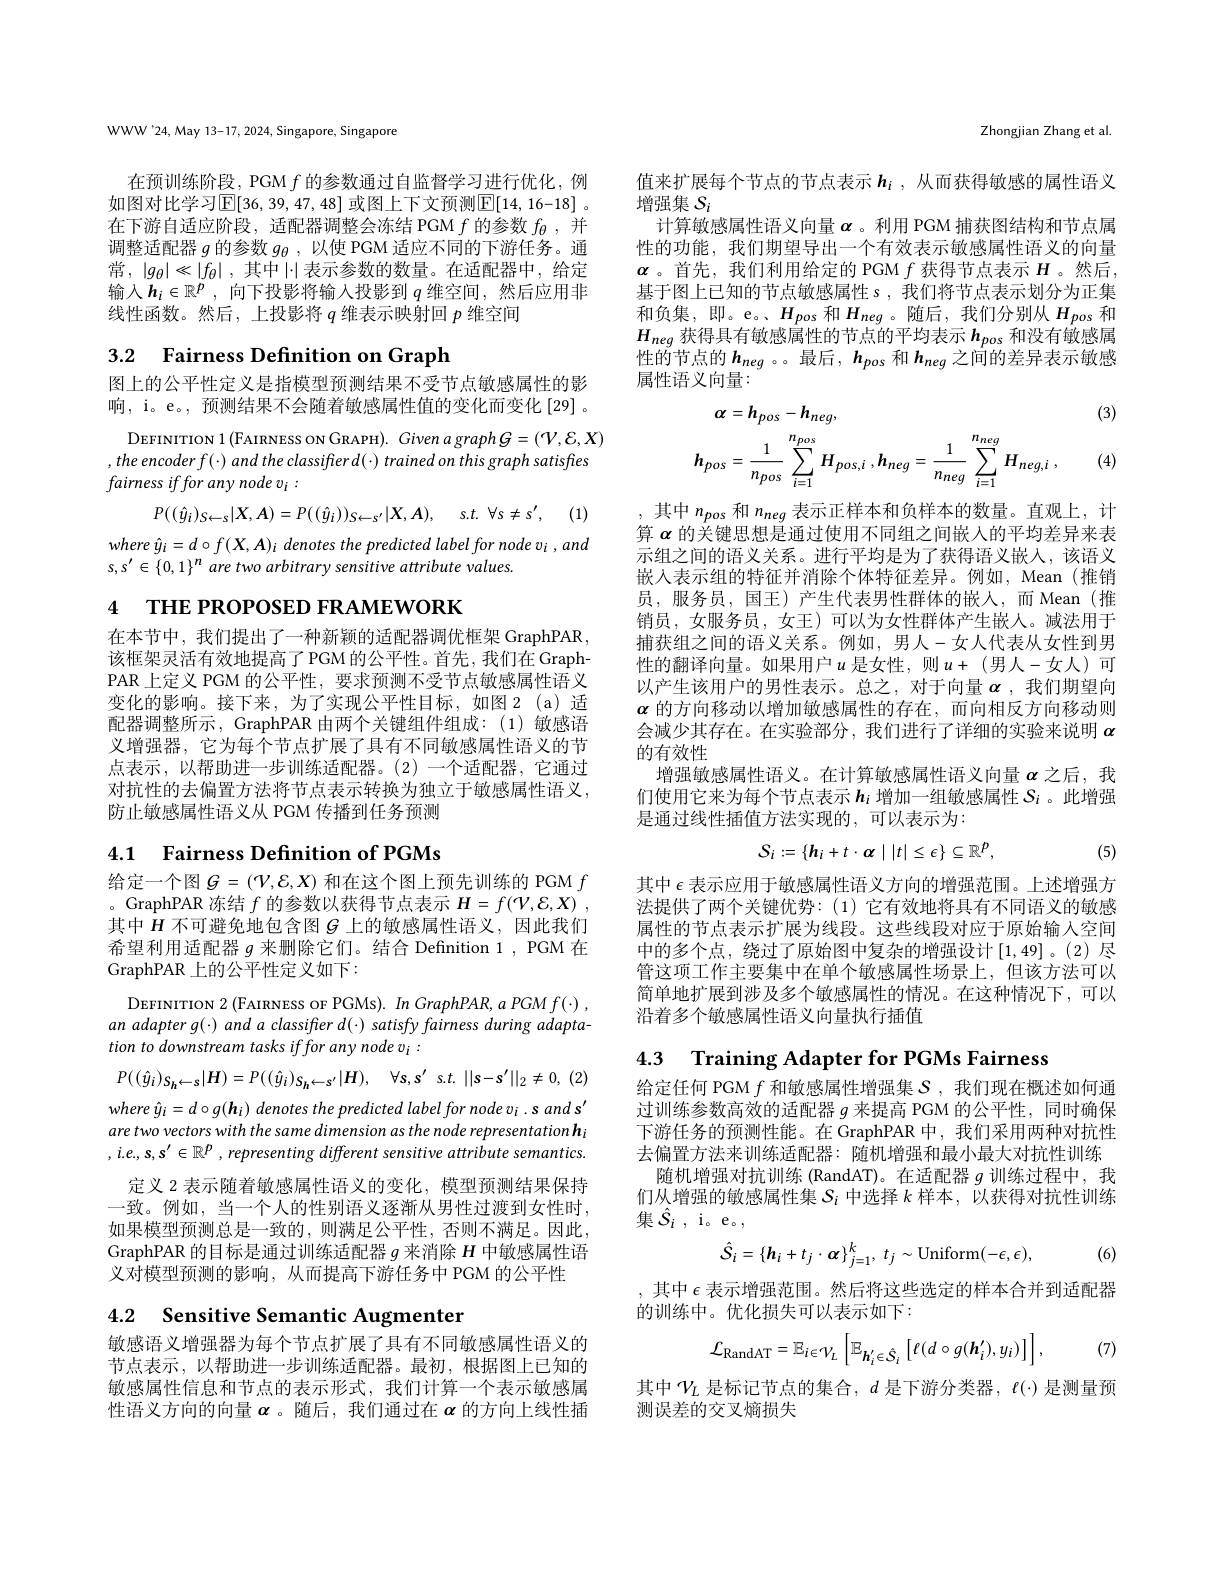
WWW'24,May 13-17, 2024, Singapore, Singapore

在预训练阶段，PGM$f$的参数通过自监督学习进行优化，例如图对比学习$\operatorname{E}[36,39,47,48]$ 或图上下文预测$\operatorname{E}[14,16-18]$ 。在下游自适应阶段，适配器调整会冻结 PGM $f$的参数$f_\theta$,并调整适配器$g$的参数$g_\theta$,以使 PGM 适应不同的下游任务。通常，$|g_\theta|\ll|f_\theta|$ ,其中 |·表示参数的数量。在适配器中，给定输入$\boldsymbol{h}_i\in\mathbb{R}^p$,向下投影将输入投影到$q$维空间，然后应用非线性函数。然后，上投影将$q$维表示映射回$p$维空间

# 3.2 Fairness Definition on Graph

图上的公平性定义是指模型预测结果不受节点敏感属性的影响，i。e。, 预测结果不会随着敏感属性值的变化而变化[29] 。

DEFINITION 1 (FAIRNESS ON GRAPH). Given a graph $G=(\mathcal V,\mathcal{E},X)$
$, the$ $encoderf( \cdot )$ and the classifter $d( \cdot )$ trained $on$ this graph satisfies
$fairmess\textit{ iffor any node v}_{i}:$

(1)
$$P((\hat{y}_{i})_{S\leftarrow s}|X,A)=P((\hat{y}_{i}))_{S\leftarrow s^{\prime}}|X,A),\quad s.t.\:\forall s\neq s^{\prime},$$
$where\hat{y}_{i}=d\circ f(X,A)_{i}$ denotes the predicted label for node vi , and
$s,s^{\prime}\in\{0,1\}^n$ are two arbitrary sensitive attribute values.

4 THE PROPOSED FRAMEWORK

在本节中，我们提出了一种新颖的适配器调优框架 GraphPAR, 该框架灵活有效地提高了PGM 的公平性。首先，我们在 GraphPAR 上定义 PGM 的公平性，要求预测不受节点敏感属性语义变化的影响。接下来，为了实现公平性目标，如图2(a)适配器调整所示，GraphPAR 由两个关键组件组成：(1)敏感语义增强器，它为每个节点扩展了具有不同敏感属性语义的节点表示，以帮助进一步训练适配器。(2)一个适配器，它通过对抗性的去偏置方法将节点表示转换为独立于敏感属性语义， 防止敏感属性语义从 PGM 传播到任务预测

# 4.1 Fairness Definition of PGMs

给定一个图$G=(\mathcal{V},\mathcal{E},X)$和在这个图上预先训练的 PGM $f$ 。GraphPAR 冻结$f$的参数以获得节点表示$H= f( \mathcal{V} , \mathcal{E} , X)$ , 其中$H$不可避免地包含图$G$上的敏感属性语义，因此我们希望利用适配器$g$来删除它们。结合 Definition 1, PGM 在GraphPAR 上的公平性定义如下：
$$P((\hat{y}_{i})_{S_{h}\leftarrow s}|H)=P((\hat{y}_{i})_{S_{h}\leftarrow s^{\prime}}|H),\quad\forall s,s^{\prime}\:s.t.\:||s-s^{\prime}||_{2}\neq0,$$
DEFINITION 2 (FAIRNESS OF PGMs). In GraphPAR, a PGM $f(\cdot)$ an adapter g(·) and a classiffer d(·) satisfy fairness during adaptation to downstream tasks iffor any node vi :
$where\hat{y}_{i}=d\circ g(\boldsymbol{h}_{i})$ denotes the predicted label for node vi . s and s' are two vectors with the same dimension as the node representation hi $, i. e, s, s^{\prime }\in \mathbb{R} ^p$ $, representing$ different sensitive attribute $semantics.$
定义 2 表示随着敏感属性语义的变化，模型预测结果保持一致。例如，当一个人的性别语义逐渐从男性过渡到女性时， 如果模型预测总是一致的，则满足公平性，否则不满足。因此GraphPAR 的目标是通过训练适配器$g$来消除$H$中敏感属性语义对模型预测的影响，从而提高下游任务中 PGM 的公平性

4.2 Sensitive Semantic Augmenter

敏感语义增强器为每个节点扩展了具有不同敏感属性语义的节点表示，以帮助进一步训练适配器。最初，根据图上已知的敏感属性信息和节点的表示形式，我们计算一个表示敏感属性语义方向的向量$\boldsymbol{\alpha}$。随后，我们通过在$\boldsymbol{\alpha}$的方向上线性插

Zhongjian Zhang et al.

值来扩展每个节点的节点表示$h_i$ , 从而获得敏感的属性语义
增强集$S_i$
计算敏感属性语义向量$\alpha$。利用 PGM 捕获图结构和节点属性的功能，我们期望导出一个有效表示敏感属性语义的向量$\boldsymbol{\alpha}$ 。首先，我们利用给定的 PGM $f$ 获得节点表示 $H$ 。然后， 基于图上已知的节点敏感属性 s , 我们将节点表示划分为正集和负集，即。e。、$H_{pos}$ 和$H_{neg}$。随后，我们分别从$H_{pos}$ 和$H_{neg}$获得具有敏感属性的节点的平均表示$h_pos$和没有敏感属性的节点的$h_{neg}$ 。。最后，$h_{pos}$和$h_{neg}$之间的差异表示敏感属性语义向量：
(3)
$$\begin{aligned}\alpha&=h_{pos}-h_{neg},\\h_{pos}&=\frac{1}{n_{pos}}\sum_{i=1}^{n_{pos}}H_{pos,i}\:,h_{neg}=\frac{1}{n_{neg}}\sum_{i=1}^{n_{neg}}H_{neg,i}\:,\end{aligned}$$
(4)

,其中$n_{pos}$和$n_{neg}$表示正样本和负样本的数量。直观上，计算$\alpha$的关键思想是通过使用不同组之间嵌人的平均差异来表示组之间的语义关系。进行平均是为了获得语义嵌人，该语义嵌入表示组的特征并消除个体特征差异。例如，Mean(推销员，服务员，国王)产生代表男性群体的嵌入，而 Mean(推销员，女服务员，女王)可以为女性群体产生嵌人。减法用于捕获组之间的语义关系。例如，男人-女人代表从女性到男性的翻译向量。如果用户$u$ 是女性，则$u+($男人-女人)可以产生该用户的男性表示。总之，对于向量$\boldsymbol{\alpha}$ ,我们期望向$\boldsymbol{\alpha}$的方向移动以增加敏感属性的存在，而向相反方向移动则会减少其存在。在实验部分，我们进行了详细的实验来说明$\alpha$ 的有效性
增强敏感属性语义。在计算敏感属性语义向量$\alpha$之后，我们使用它来为每个节点表示$h_i$增加一组敏感属性$S_i$ 。此增强是通过线性插值方法实现的，可以表示为：
$$S_{i}:=\{\boldsymbol{h}_{i}+t\cdot\boldsymbol{\alpha}\mid|t|\leq\epsilon\}\subseteq\mathbb{R}^{p},$$
(5)

其中$\epsilon$表示应用于敏感属性语义方向的增强范围。上述增强方法提供了两个关键优势：(1)它有效地将具有不同语义的敏感属性的节点表示扩展为线段。这些线段对应于原始输入空间中的多个点，绕过了原始图中复杂的增强设计[1,49]。(2)尽管这项工作主要集中在单个敏感属性场景上，但该方法可以简单地扩展到涉及多个敏感属性的情况。在这种情况下，可以沿着多个敏感属性语义向量执行插值

4.3 Training Adapter for PGMs Fairness

给定任何 PGM $f$和敏感属性增强集$\mathcal{S}$,我们现在概述如何通过训练参数高效的适配器$g$来提高 PGM 的公平性，同时确保下游任务的预测性能。在 GraphPAR 中，我们采用两种对抗性去偏置方法来训练适配器：随机增强和最小最大对抗性训练
随机增强对抗训练 (RandAT)。在适配器$g$训练过程中，我们从增强的敏感属性集$S_i$中选择$k$样本，以获得对抗性训练集$\hat{S}_i$,i。e。
$$\hat{S}_{i}=\{\boldsymbol{h}_{i}+t_{j}\cdot\boldsymbol{\alpha}\}_{j=1}^{k},\:t_{j}\sim\mathrm{Uniform}(-\epsilon,\epsilon),$$
(6)

,其中$\epsilon$表示增强范围。然后将这些选定的样本合并到适配器
的训练中。优化损失可以表示如下：
$$\mathcal{L}_{\mathrm{RandAT}}=\mathbb{E}_{i\in\mathcal{V}_{L}}\left[\mathbb{E}_{h_{i}^{\prime}\in\hat{S}_{i}}\left[\ell(d\circ g(\boldsymbol{h}_{i}^{\prime}),y_{i})\right]\right],$$
(7)

其中$\mathcal{V}_L$是标记节点的集合，$d$是下游分类器，$\ell(\cdot)$是测量预
测误差的交叉熵损失